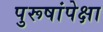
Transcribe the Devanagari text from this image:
पुरूषांपेक्षा